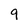
Character: 9